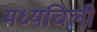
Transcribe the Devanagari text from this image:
मध्यचिली